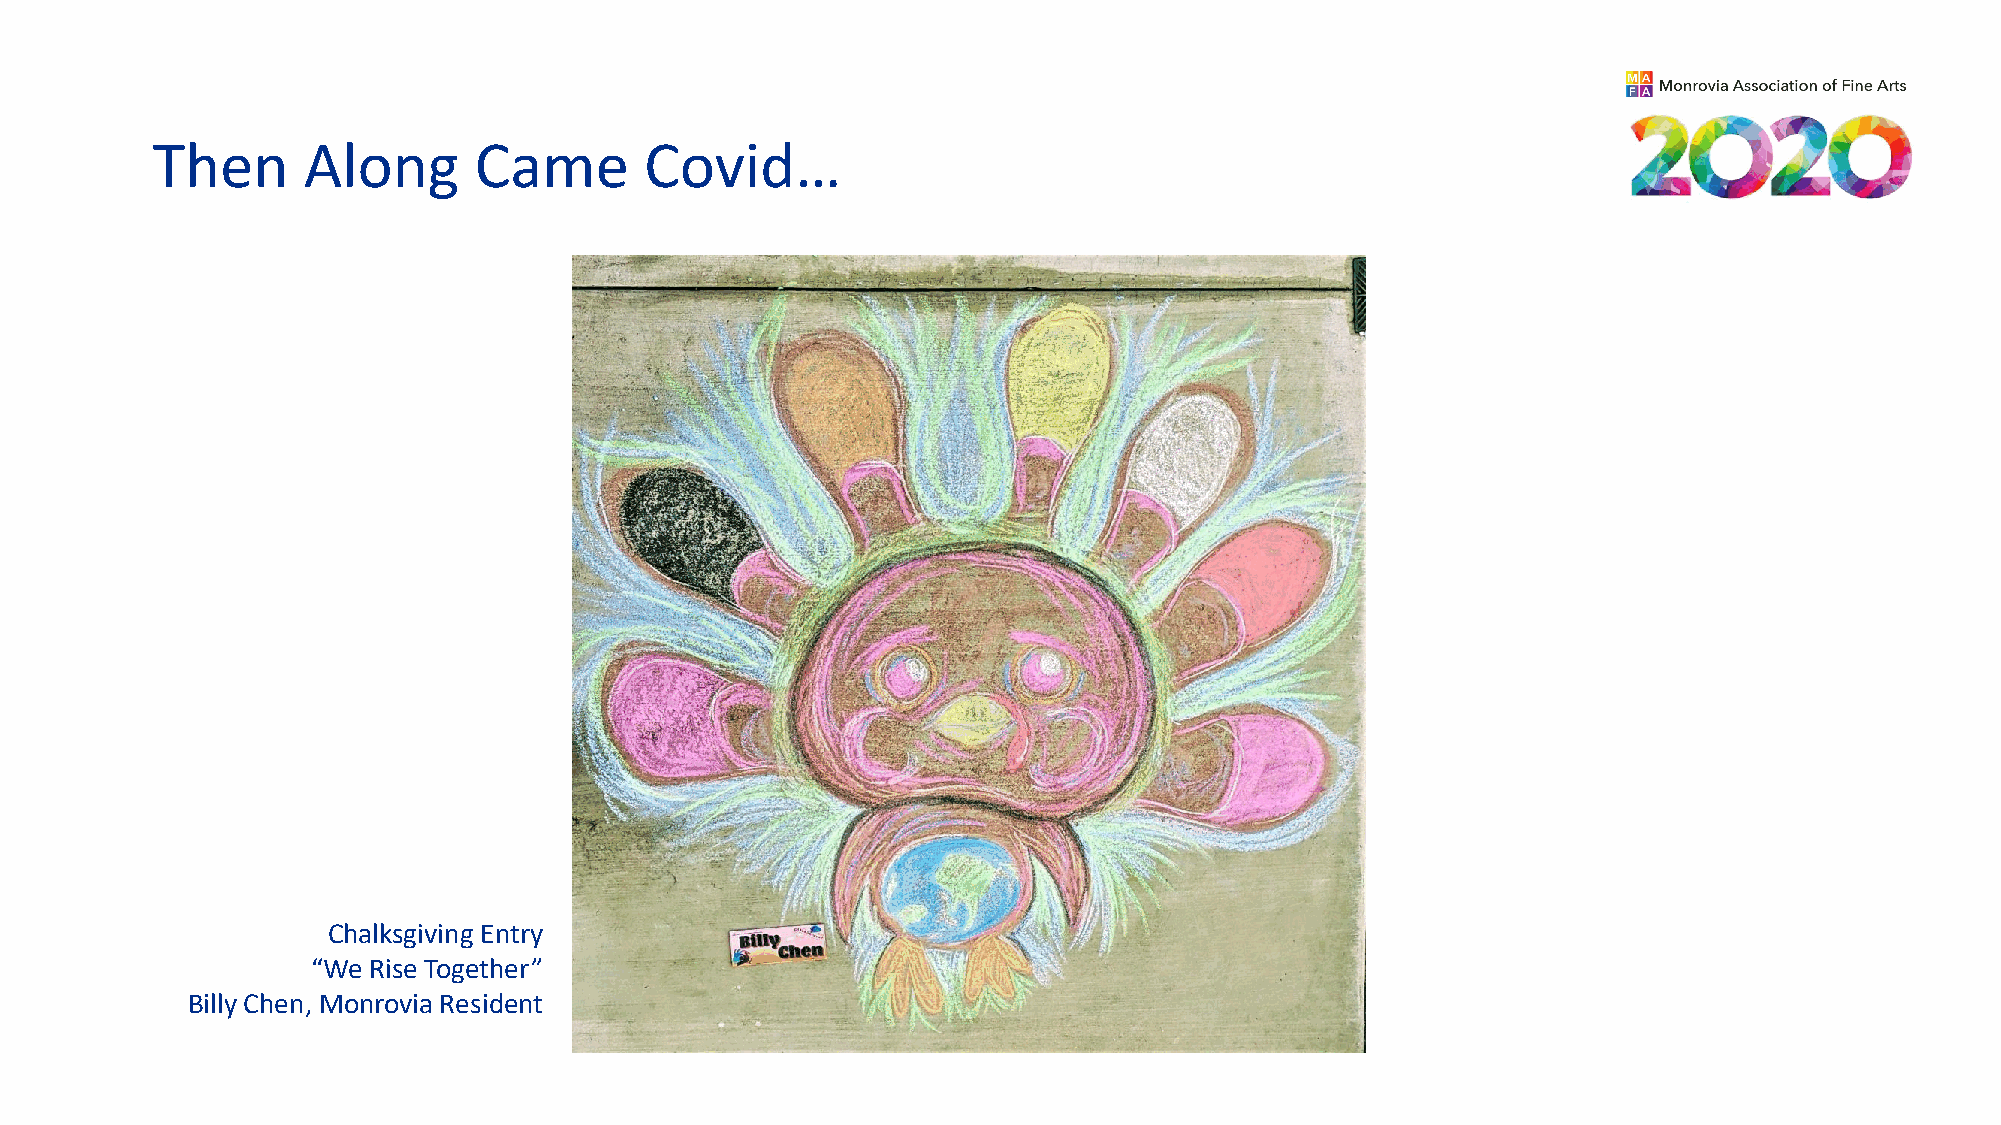
Then      Along      Came        Covid…
 Chalksgiving Entry
 “We Rise Together”
 Billy Chen, Monrovia Resident